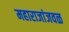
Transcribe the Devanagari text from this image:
महाराजांजवळ